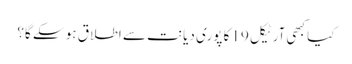
کیا کبھی آرٹیکل 19 کا پوری دیانت سے اطلاق ہو سکے گا؟